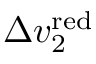
\Delta v _ { 2 } ^ { \mathrm { r e d } }